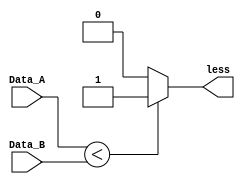
`timescale 1ns / 1ps
//////////////////////////////////////////////////////////////////////////////////
// Company: 
// Engineer: 
// 
// Design Name: 
// Module Name:    Comparator_Less 
// Project Name: 
// Target Devices: 
// Tool versions: 
// Description: 
//
// Dependencies: 
//
// Revision: 
// Revision 0.01 - File Created
// Additional Comments: 
//
//////////////////////////////////////////////////////////////////////////////////
module Comparator_Less
	# (parameter W = 8)
	(
		input wire [W-1:0] Data_A,
		input wire [W-1:0] Data_B,
		output wire less
	 );

assign less = (Data_A < Data_B) ? 1'b1 : 1'b0;

endmodule